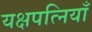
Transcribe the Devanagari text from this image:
यक्षपत्नियाँ